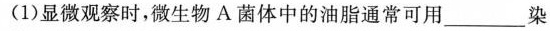
(1)显微观察时，微生物A菌体中的油脂通常可用_______染色。